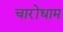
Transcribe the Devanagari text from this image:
चारोंधाम